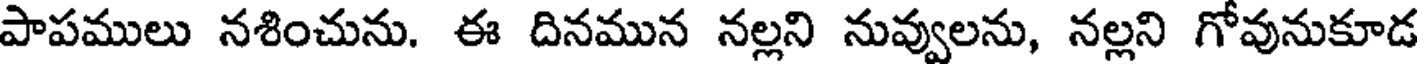
పాపములు నశించును. ఈ దినమున నల్లని నువ్వులను, నల్లని గోవునుకూడ